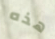
هذه